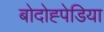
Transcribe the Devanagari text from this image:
बोदोह्पेडिया